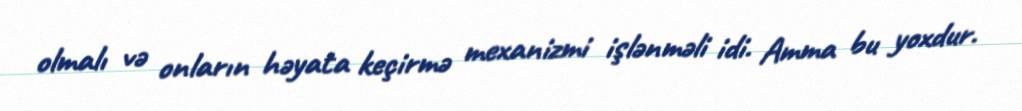
olmalı və onların həyata keçirmə mexanizmi işlənməli idi. Amma bu yoxdur.